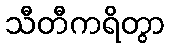
သီတီကရိတွာ